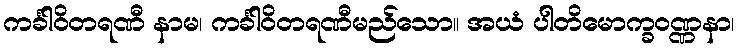
ကင်္ခါဝိတရဏီ နာမ၊ ကင်္ခါဝိတရဏီမည်သော။ အယံ ပါတိမောက္ခဝဏ္ဏနာ၊